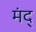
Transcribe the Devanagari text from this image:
मंद्